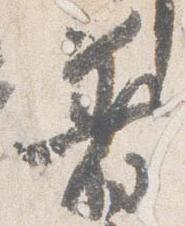
着